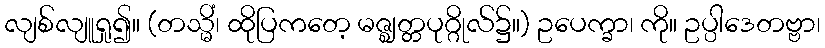
လျစ်လျူရှု၍။ (တသ္မိံ၊ ထိုပြကတေ့ မဇ္ဈတ္တပုဂ္ဂိုလ်၌။) ဥပေက္ခာ၊ ကို။ ဥပ္ပါဒေတဗ္ဗာ၊